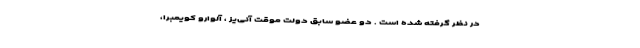
در نظر گرفته شده است . دو عضو سابق دولت موقت آنی‌یز ، آلوارو کویمبرا،